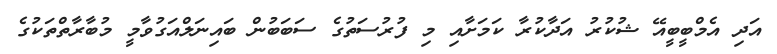
އަދި އެމްބީބީއޭ ޝުކުރު އަދާކުރާ ކަމަށާއި މި ފުރުސަތުގެ ސަބަބުން ބައިނަލްއަގުވާމީ މުބާރާތްތަކުގެ